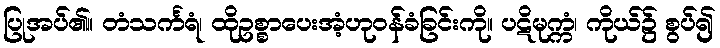
ပြုအပ်၏။ တံသင်္ကရံ၊ ထိုဥစ္စာပေးအံ့ဟုဝန်ခံခြင်းကို။ ပဋိမုက္ကံ၊ ကိုယ်၌ စွပ်၍